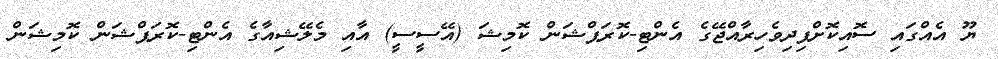
ޔޫ އެއްގައި ސޮއިކޮށްފިދިވެހިރާއްޖޭގެ އެންޓި-ކޮރަޕްޝަން ކޮމިޝަ (އޭސީސީ) އާއި މެލޭޝިއާގެ އެންޓި-ކޮރަޕްޝަން ކޮމިޝަން